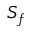
S _ { f }